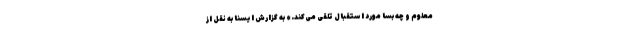
معلوم و چه بسا مورد استقبال تلقی می‌کند.» به گزارش ایسنا به نقل از